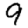
Digit: 9